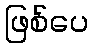
ဖြစ်ပေ